Vaike-Kopu_(Puiatu)_vallavalitsus, lk 44
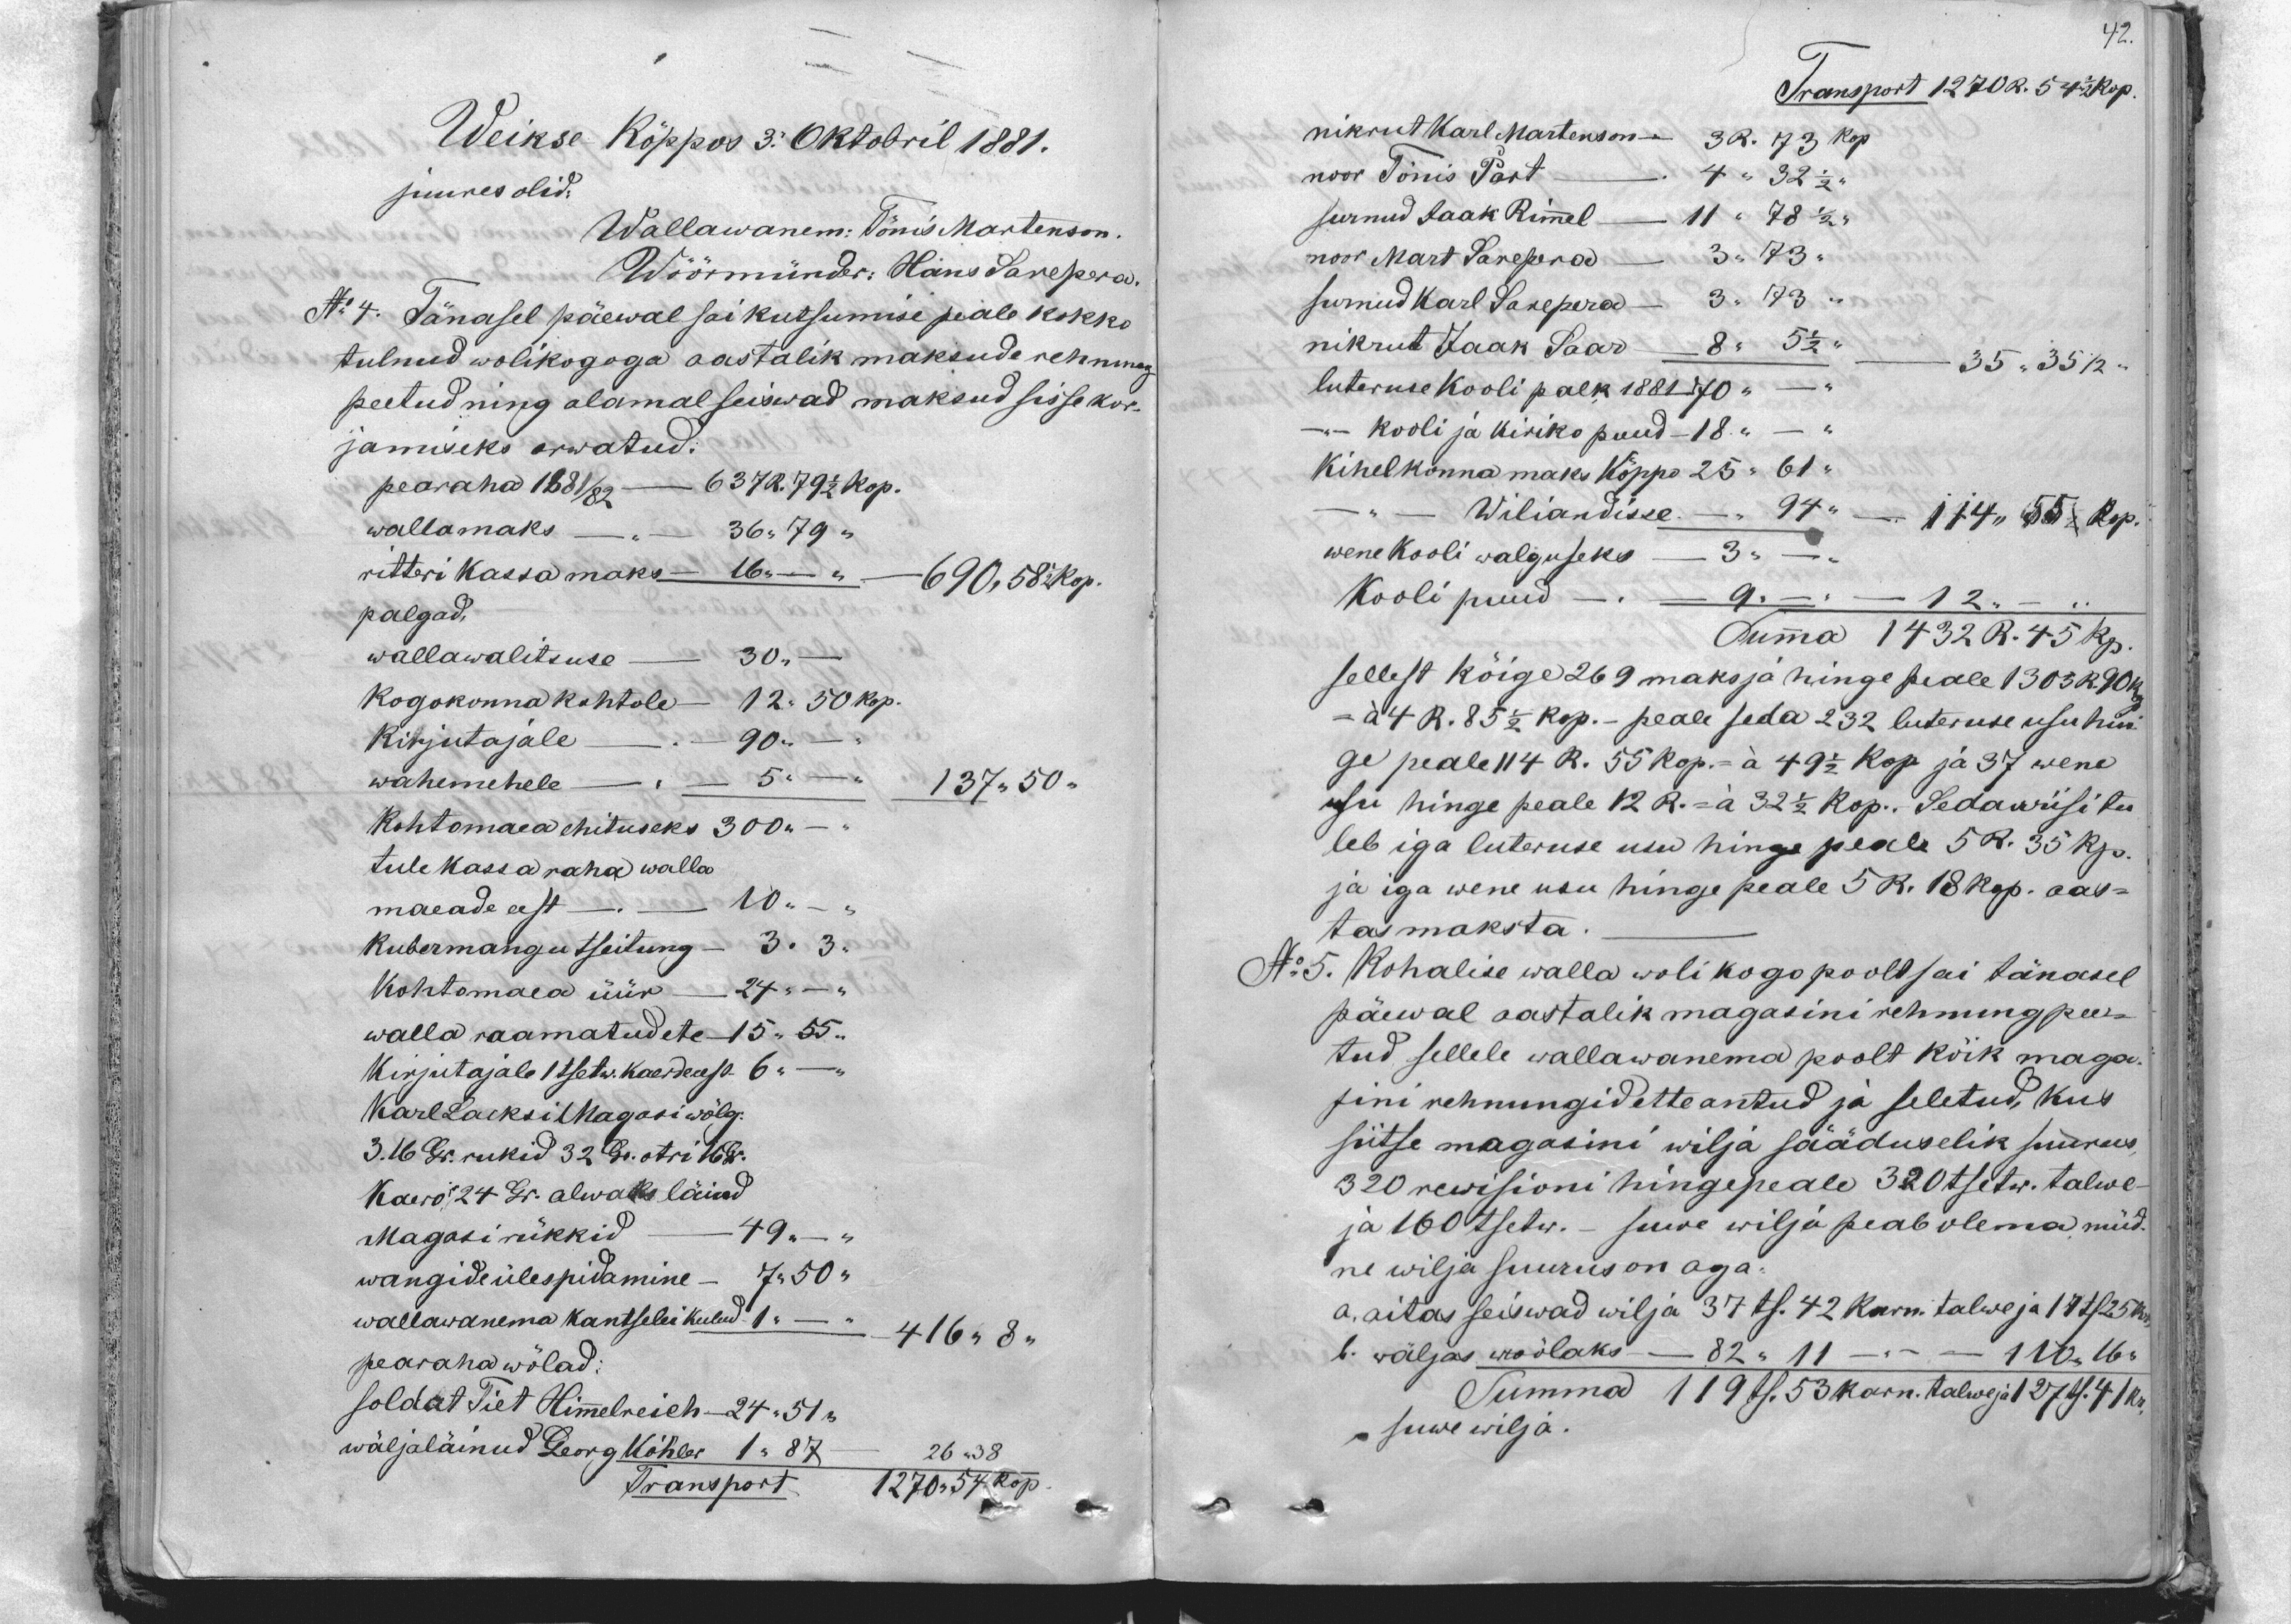
42.

Weikse Köppos 3. Oktobril 1881.
juures olid:
Wallawanem: Tönis Martenson.
Wöörmünder: Hans Sarepera.
No 4. Tänasel päewal sai kutsumise peale kokko
tulnud wolikogoga aastalik maksude rehnung
peetud ning alamal seiswad maksud sisse kor-
jamiseks arwatud.
pearaha 1881/82 - 637 R. 79 1/2 kop.
wallamaks - 36 "79 "
ritteri kassa maks - 16 "    690, 58  1/2 kop.
palgad.
wallawalitsuse 30 "
Kogokonna kohtole - 12 " 50 kop.
kirjutajale 90 "
wahemehele. 5               137 " 50.
Kohtomaea ehituseks 300 "
tulekassa raha walla
maeade eest    10 "
kubermangutseitung - 3 "  3.
Kohtomaea üür - 24 "-
walla raamatudete 15 "55 "
Kirjutajale 1 tsetw. kaerde eest 6 " -
Karl Lacksi Magasi wõlg.
3.16 Gr. rukid 32 Gr. otri 16 Gr.
Kaero 24 Gr. alwaks läind
Magasi rükkid 49 "
wangide ülespidamine 7 " 50 "
pearaha wölad:
wallawanema kantselei kulud 1 - " 416 "8 "
soldat Tiet Himmelreich - 24 " 51 "
wäljaläinud Georg Köhler 1 " 87     26 "38
Transport 1270 " 54 kop

Transport 1270 R. 54 1/2 kop.
nikrut Karl Martenson - 3 R. 73 kop.
noor Tönis Part. 4 " 32 1/2"
surnud Jaak Rimmel - 11 " 78 1/2"
noor Mart Sarepera - 3 " 73 "
surnud Karl Sanepera - 3 " 73 "
nikrut Jaak Saar - 8 " 5 1/2 "      35 "35 1/2"
luteruse kooli palk 1881 70 "
"   kooli ja kiriko puud - 18. "
Kihelkonna maks Köppo 25 " 61 "
"   Wiliandisse - 94"        114 " 55 " Kop.
wene Kooli walguseks 3.
Kooli puud - 9 " - 12  "
Summa 1432 R. 45 kp.
sellest kõige 269 maksja hinge peale 1303 R 90k
- à 4 R. 85 1/2 kop.- peale seda 232 luteruse usu hin-
ge peale 114 R. 55 kop. - à 49 1/2 kop ja 37 wene
usu hinge peale 12 R. = à 32 1/2 kop. Seda wiisi tu-
leb iga luteruse usu hinge peale 5 R. 35 kp.
ja iga wene usu hinge peale 5 R. 18 kop. aas-
tas maksta.
No 5. Kohalise walla wolikogo poolt sai tänasel
päewal aastalik magasini rehnung pee-
tud sellele wallawanema poolt kõik maga-
sini rehnungid ette antud ja seletud, kus
siitse magasini wilja sääduselik suurus-
320 rewisioni hingepeale 320 tsetw. talwe-
ja 160 tsetw. - suwe wilja peab olema, nüüd.
ne wilja suurus on aga.
a. aitas seiswad wilja 37 ts. 42 karn. talwe ja 17 ts 25 kop
b. wäljas woölaks - 82 " 11 - - 116 "6 "
Summa 119 ts. 53 karn. talwe ja 127 ts. 4 l kr.
- suwe wilja.